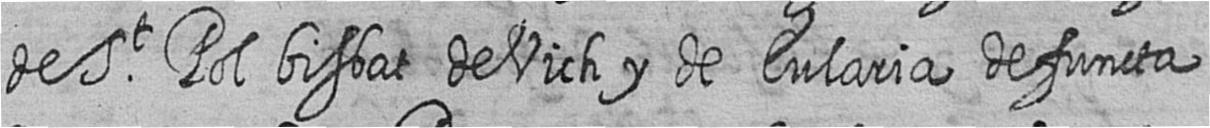
de St Pol bisbat de Vich y de Eularia defuncta